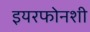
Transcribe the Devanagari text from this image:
इयरफोनशी